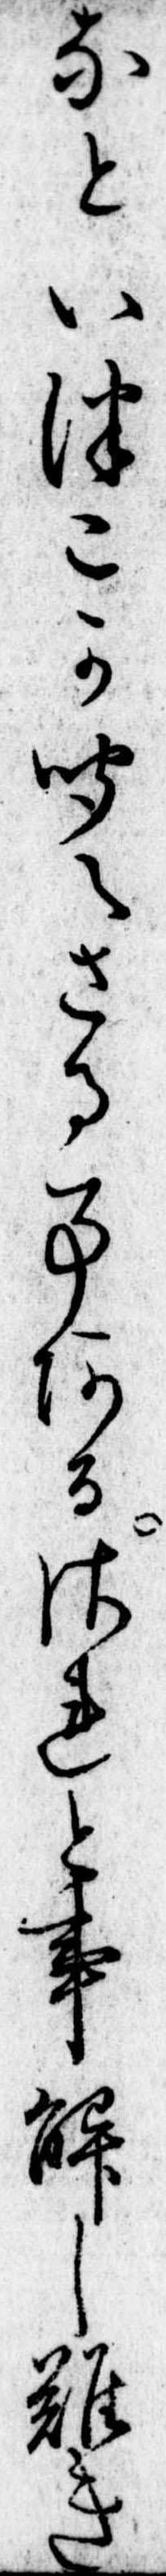
なといつこか聞えさる事あるされと事し難き